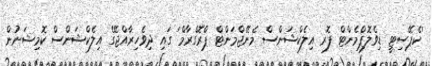
'ކެޕޭސިޓީ ޑިވެލޮޕްމެންޓް ފޮރ އިލެކްޝަންސް މެނޭޖްމަންޓް ޕްރޮގްރާމް' ގައި ދިވެހިރާއްޖޭގެ އިލެކްޝަންސް ކޮމިޝަނުން